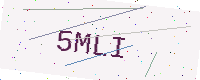
Text: 5MLI